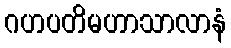
ဂဟပတိမဟာသာလာနံ